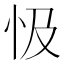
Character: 忣